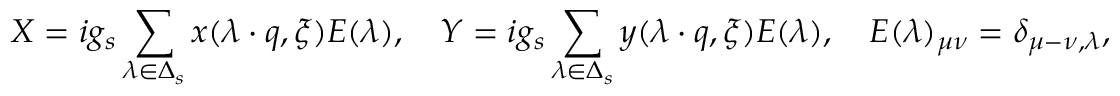
X = i g _ { s } \sum _ { \lambda \in \Delta _ { s } } x ( \lambda \cdot q , \xi ) E ( \lambda ) , \quad Y = i g _ { s } \sum _ { \lambda \in \Delta _ { s } } y ( \lambda \cdot q , \xi ) E ( \lambda ) , \quad E ( \lambda ) _ { \mu \nu } = \delta _ { \mu - \nu , \lambda } ,